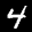
Label: 4